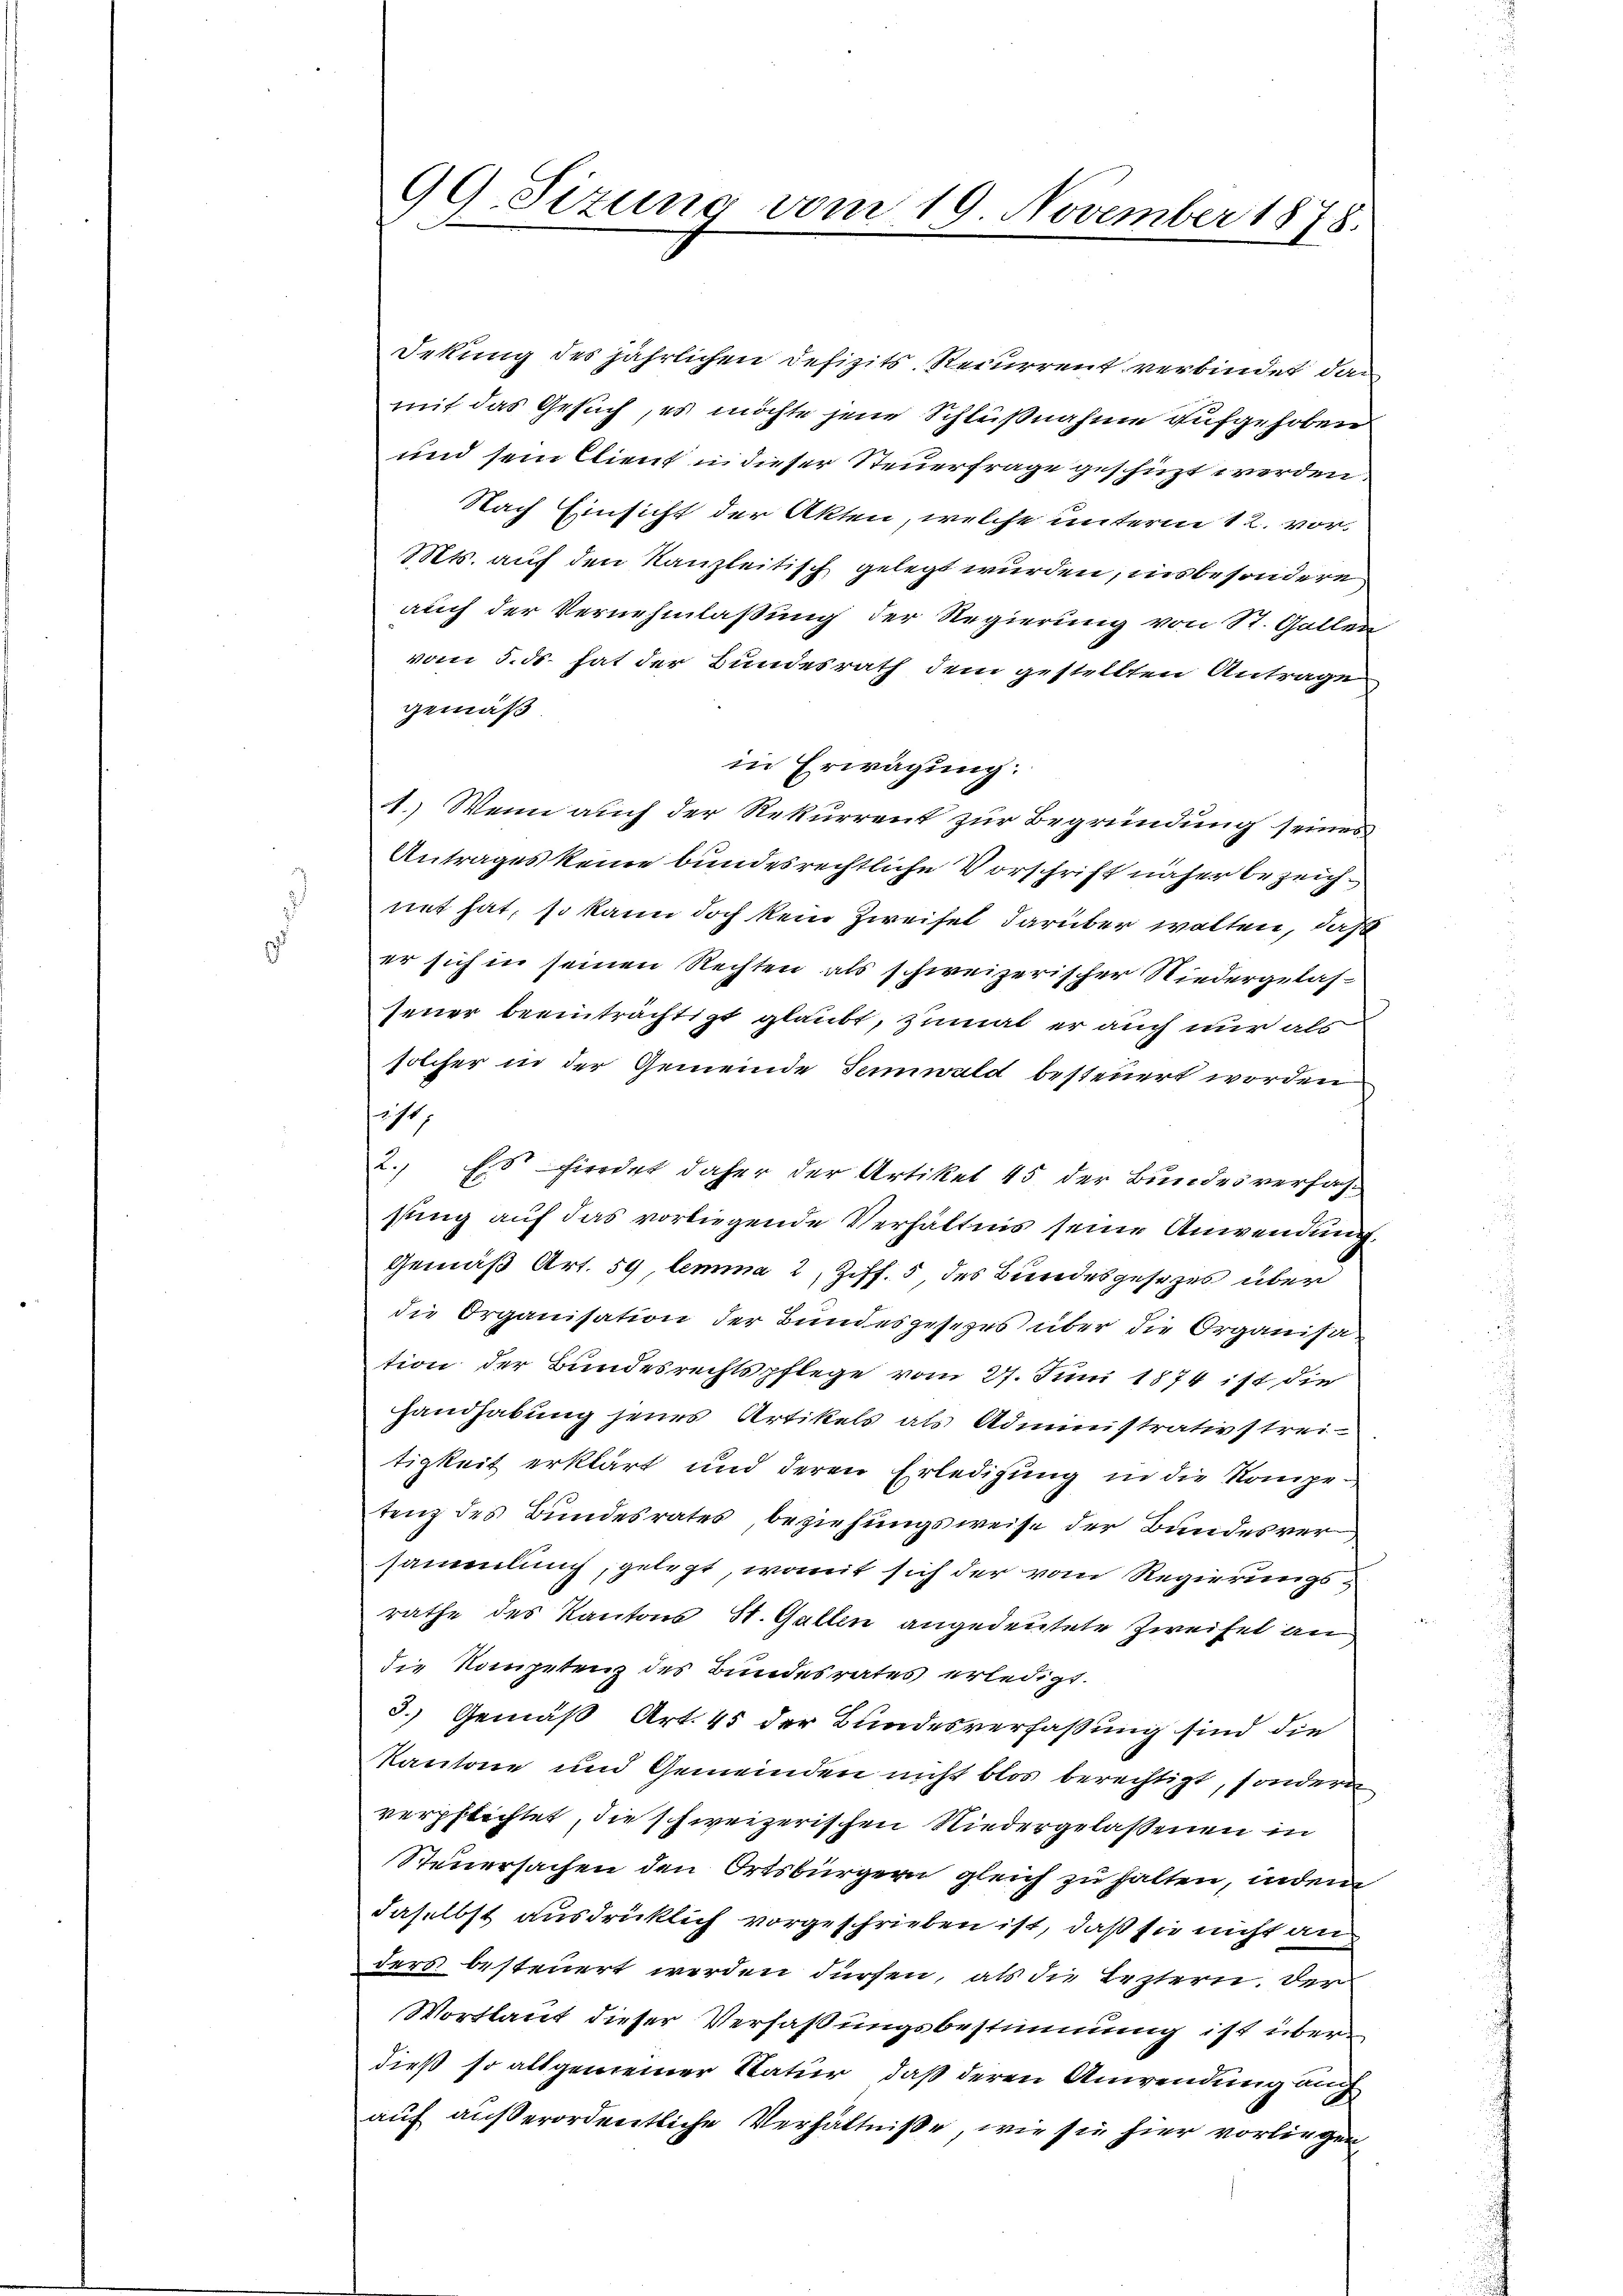
99. Sizung vom 19. November 1878.

Sekung des jährlichen Defizits Recurrent verbindet, dan
mit das Gesuch, es möchte jene Schlußnahme aufgehoben
und sein Client in dieser Steuerfrage geschüzt werden.
Nach Einsicht der Akten, welche unterm 12. vor¬
Mts. auf den Kanzleitisch gelegt wurden, insbesondere
auch der Vernehmlassung der Regierung von St. Gallen
vom 5. ds. hat der Bundesrath dem gestellten Antrage
gemäß
in Erwägung.
1.) Wenn auch der Rekurrent zur Begründung seines
Antrages keine bundesrechtliche Vorschrift näher bezeichnet hat, so kann doch kein Zweifel darüber wolten, daß
er sich in seinen Rechten als schweizerischer Niedergelassener beeinträchtigt glaubt, zumal er auch nur als
solcher in der Gemeinde Senwald besteuert worden
ist
2., Es fierdet daher der Artiket 45 der Bundesverfahsung auf das vorliegende Verhältnis seine Anwendung
Gemäß Art. 59 lemma 2 Ziff. 5 des Bundesgesezes über
die Organisation der Bundesgesetzes über die Organisation der Bundesrechtspflege vom 27. Juni 1874 ist die
Handhabung jenes Artikels als Administrativstreitigkeit erklärt und deren Erledigung in die Kompetenz des Bundesrates beziehungsweise der Bundesver
sammlung, gelegt, womit sich der vom Regierungsrathe des Kantons St. Gallen angedeutete Zweifel an
die Kompetenz des Bundesrates erledigt.
3.) Gemäß Art. 45 der Bundesverfaßung sind die
Kantone und Gemeinden nicht blos berechtigt, sondern
verpflichtet, die schweizerischen Niedergelassenen in
Steuersachen den Ortsbürgern gleich zu halten, indem
daselbst ausdrücklich vorgeschrieben ist, daß sie nicht au
ders besteuert werden dürfen, als die Leztern. Der
Wortlaut dieser Verfaßungsbestimmung ist überdieß so allgemeiner Natur, daß deren Anwendung auch
auf außerordentliche Verhältniße, wie sie hier vorliegen